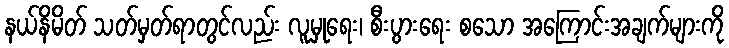
နယ်နိမိတ် သတ်မှတ်ရာတွင်လည်း လူမှုရေး၊ စီးပွားရေး စသော အကြောင်းအချက်များကို